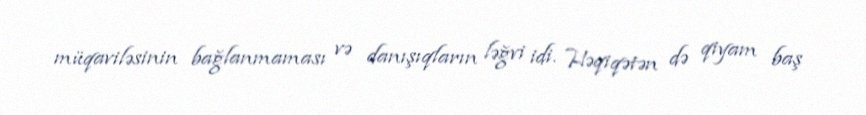
müqaviləsinin bağlanmaması və danışıqların ləğvi idi. Həqiqətən də qiyam baş